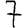
Digit: 7